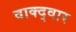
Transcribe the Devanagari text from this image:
वाक्द्वार